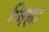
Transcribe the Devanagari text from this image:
जिह्रा